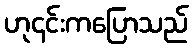
ဟု၎င်းကပြောသည်